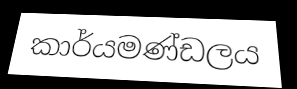
කාර්යමණ්ඩලය